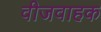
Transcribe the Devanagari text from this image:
वीजवाहक